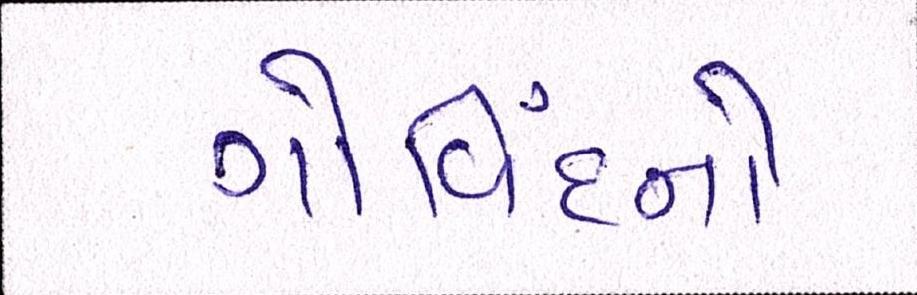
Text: ગોવિંદનો